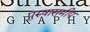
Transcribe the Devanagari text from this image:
पुरुषासमीप